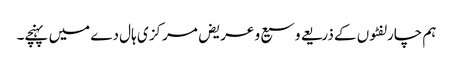
ہم چارلفٹوں کے ذریعے وسیع و عریض مرکز ی ہال دے میں پہنچے۔